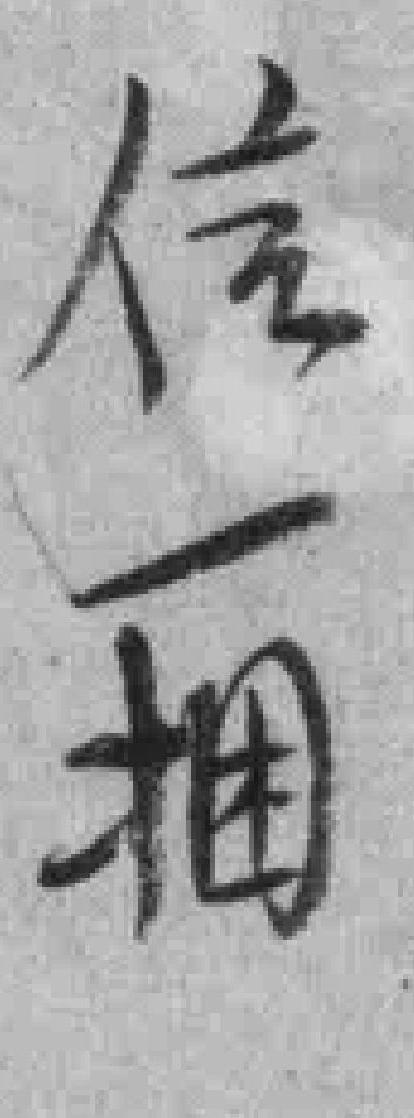
信一捆